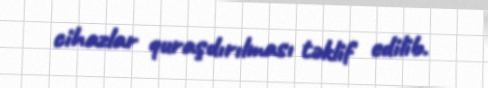
cihazlar quraşdırılması təklif edilib.